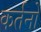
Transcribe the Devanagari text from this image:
कर्तनों